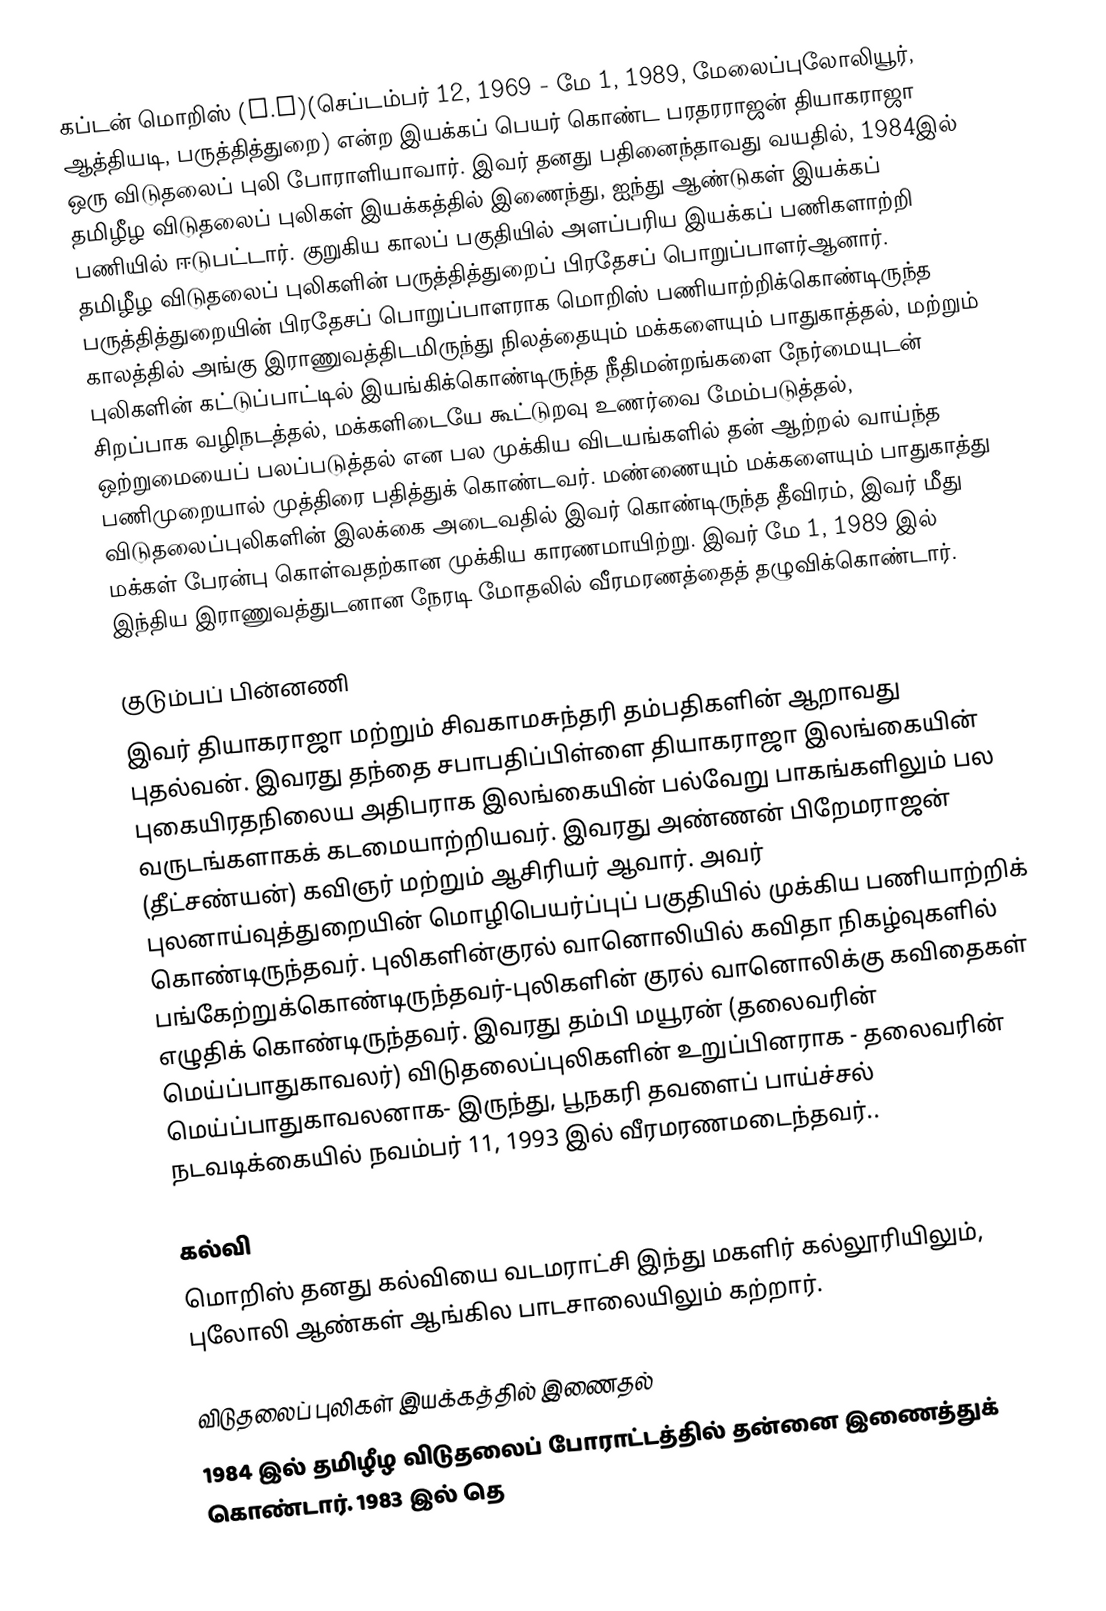
கப்டன் மொறிஸ் (M.O)(செப்டம்பர் 12, 1969 - மே 1, 1989, மேலைப்புலோலியூர், ஆத்தியடி, பருத்தித்துறை) என்ற இயக்கப் பெயர் கொண்ட பரதரராஜன் தியாகராஜா  ஒரு விடுதலைப் புலி போராளியாவார். இவர் தனது பதினைந்தாவது வயதில், 1984இல்  தமிழீழ விடுதலைப் புலிகள் இயக்கத்தில் இணைந்து,  ஐந்து ஆண்டுகள் இயக்கப் பணியில் ஈடுபட்டார். குறுகிய காலப் பகுதியில் அளப்பரிய இயக்கப் பணிகளாற்றி  தமிழீழ விடுதலைப் புலிகளின் பருத்தித்துறைப் பிரதேசப் பொறுப்பாளர்ஆனார். பருத்தித்துறையின் பிரதேசப் பொறுப்பாளராக மொறிஸ் பணியாற்றிக்கொண்டிருந்த காலத்தில் அங்கு இராணுவத்திடமிருந்து நிலத்தையும் மக்களையும் பாதுகாத்தல், மற்றும் புலிகளின் கட்டுப்பாட்டில் இயங்கிக்கொண்டிருந்த நீதிமன்றங்களை நேர்மையுடன் சிறப்பாக வழிநடத்தல், மக்களிடையே கூட்டுறவு உணர்வை மேம்படுத்தல், ஒற்றுமையைப் பலப்படுத்தல் என பல முக்கிய விடயங்களில்  தன் ஆற்றல் வாய்ந்த பணிமுறையால் முத்திரை பதித்துக் கொண்டவர். மண்ணையும் மக்களையும் பாதுகாத்து விடுதலைப்புலிகளின் இலக்கை அடைவதில்  இவர்  கொண்டிருந்த தீவிரம், இவர்  மீது மக்கள் பேரன்பு கொள்வதற்கான முக்கிய காரணமாயிற்று. இவர்  மே 1, 1989 இல் இந்திய இராணுவத்துடனான நேரடி மோதலில் வீரமரணத்தைத் தழுவிக்கொண்டார்.

குடும்பப் பின்னணி
இவர் தியாகராஜா மற்றும் சிவகாமசுந்தரி தம்பதிகளின் ஆறாவது புதல்வன். இவரது தந்தை சபாபதிப்பிள்ளை தியாகராஜா  இலங்கையின் புகையிரதநிலைய அதிபராக  இலங்கையின் பல்வேறு பாகங்களிலும் பல வருடங்களாகக் கடமையாற்றியவர். இவரது அண்ணன் பிறேமராஜன் (தீட்சண்யன்)  கவிஞர் மற்றும் ஆசிரியர் ஆவார். அவர் புலனாய்வுத்துறையின் மொழிபெயர்ப்புப் பகுதியில் முக்கிய பணியாற்றிக் கொண்டிருந்தவர். புலிகளின்குரல் வானொலியில் கவிதா நிகழ்வுகளில் பங்கேற்றுக்கொண்டிருந்தவர்-புலிகளின் குரல் வானொலிக்கு கவிதைகள் எழுதிக் கொண்டிருந்தவர். இவரது தம்பி மயூரன் (தலைவரின் மெய்ப்பாதுகாவலர்)  விடுதலைப்புலிகளின் உறுப்பினராக - தலைவரின் மெய்ப்பாதுகாவலனாக- இருந்து, பூநகரி தவளைப் பாய்ச்சல் நடவடிக்கையில் நவம்பர் 11, 1993 இல் வீரமரணமடைந்தவர்..

கல்வி
மொறிஸ் தனது கல்வியை வடமராட்சி இந்து மகளிர் கல்லூரியிலும், புலோலி ஆண்கள் ஆங்கில பாடசாலையிலும் கற்றார்.

விடுதலைப் புலிகள் இயக்கத்தில் இணைதல்
1984 இல் தமிழீழ விடுதலைப் போராட்டத்தில் தன்னை இணைத்துக் கொண்டார். 1983 இல் தெ